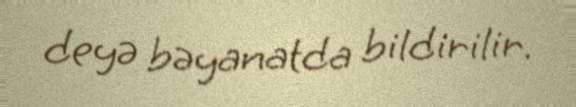
deyə bəyanatda bildirilir.